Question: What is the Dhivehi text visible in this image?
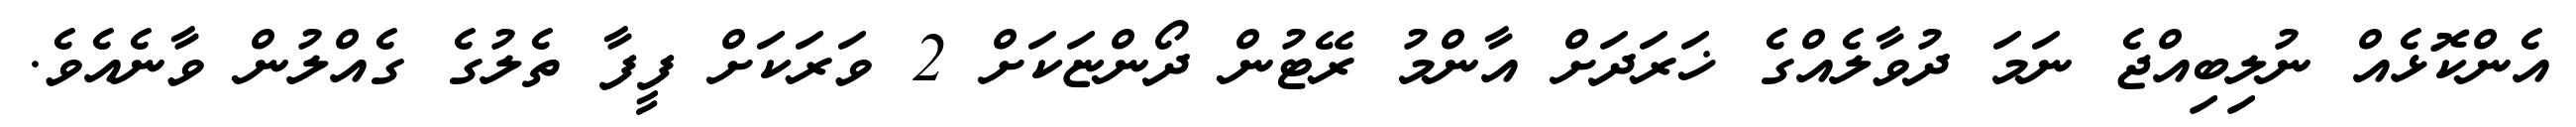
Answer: އެންކޮޅެއް ނުލިބިއްޖެ ނަމަ ދުވާލެއްގެ ޚަރަދަށް އާންމު ރޭޓުން ދޯންޏަކަށް 2 ވަރަކަށް ފީފާ ތެލުގެ ގެއްލުން ވާނެއެވެ.